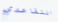
التقاعدي